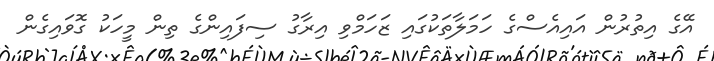
އޭގެ އިތުރުން އައިއެސްގެ ހަމަލާތަކުގައި ޒަހަމްވި އިރާގު ސިފައިންގެ ތިން މީހަކު ގޮވައިގެން